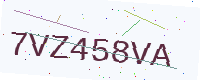
Text: 7VZ458VA